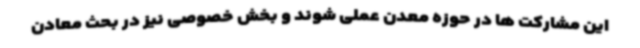
این مشارکت ها در حوزه معدن عملی شوند و بخش خصوصی نیز در بحث معادن